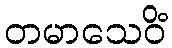
တမာသေဝိံ